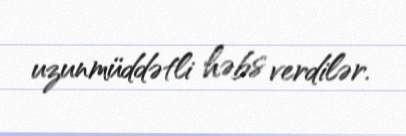
uzunmüddətli həbs verdilər.